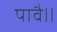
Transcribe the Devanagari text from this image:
पावै॥